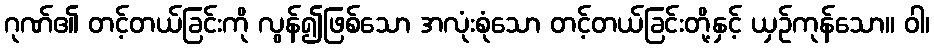
ဂုဏ်၏ တင့်တယ်ခြင်းကို လွန်၍ဖြစ်သော အလုံးစုံသော တင့်တယ်ခြင်းတို့နှင့် ယှဉ်ကုန်သော။ ဝါ၊